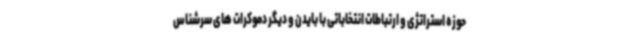
حوزه استراتژی و ارتباطات انتخاباتی با بایدن و دیگر دموکرات های سرشناس